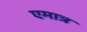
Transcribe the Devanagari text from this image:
एमात्र